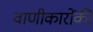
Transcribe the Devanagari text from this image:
वाणीकारोंकी